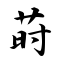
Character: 莳